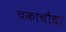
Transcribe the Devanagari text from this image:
चकाचौंधा